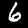
Digit: 6